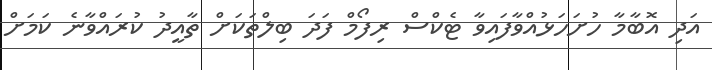
އަދި އޮބާމާ ހުށަހަޅުއްވާފައިވާ ޓެކްސް ރިފޯމް ފަދަ ބިލްތަކަށް ތާއީދު ކުރައްވާނެ ކަމަށް